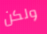
ولكن